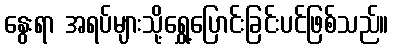
နွေးရာ အရပ်များသို့ရွှေ့ပြောင်းခြင်းပင်ဖြစ်သည်။